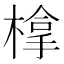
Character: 𣗯